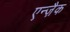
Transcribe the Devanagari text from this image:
एन्ज़ैक